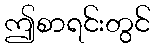
ဤစာရင်းတွင်